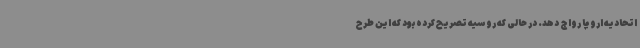
اتحادیه اروپا رواج دهد. در حالی که روسیه تصریح کرده بود که این طرح